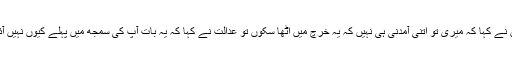
میاں نے کہا کہ میری تو اتنی آمدنی ہی نہیں کہ یہ خرچ میں اٹھا سکوں تو عدالت نے کہا کہ یہ بات آپ کی سمجھ میں پہلے کیوں نہیں آئی ؟